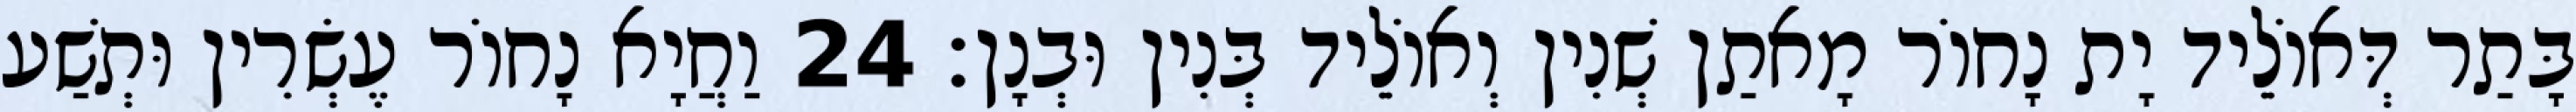
בָּתַר דְּאוֹלֵיד יָת נָחוֹר מָאתַן שְׁנִין וְאוֹלֵיד בְּנִין וּבְנָן׃ 24 וַחֲיָא נָחוֹר עֶשְׂרִין וּתְשַׁע